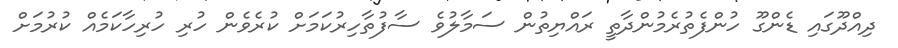
ދިއްދޫގައި ޑެންގޫ ހުންފެތުރެމުންދާތީ ރައްޔިތުން ސަމާލުވެ ސާފުތާހިރުކަމަށް ކުރެވެން ހުރި ހުރިހާކަމެއް ކުރުމަށް